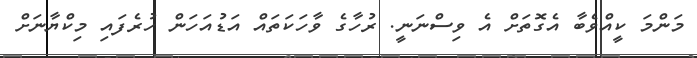
މަންމަ ކީއްވެބާ އެގޮތަށް އެ ވިސްނަނީ. ރުހާގެ ވާހަކަތައް އަޑުއަހަން ހުރެފައި މިކްޔާނަށް